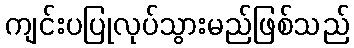
ကျင်းပပြုလုပ်သွားမည်ဖြစ်သည်